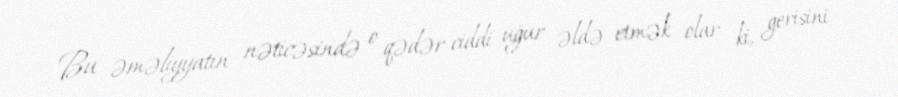
Bu əməliyyatın nəticəsində o qədər ciddi uğur əldə etmək olar ki, gerisini